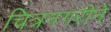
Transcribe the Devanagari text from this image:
चित्रनगरीने